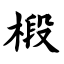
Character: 椴